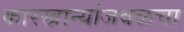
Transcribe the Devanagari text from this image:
कारखान्यांजवळचा